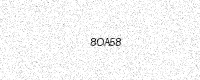
Text: 8OA58